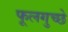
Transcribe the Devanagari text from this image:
फूलगुच्छे